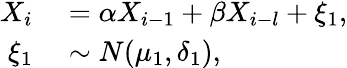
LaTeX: \begin{array}{rl}{X_{i}}&{{}=\alpha X_{i-1}+\beta X_{i-l}+\xi_{1},}\\ {\xi_{1}}&{{}\sim N(\mu_{1},\delta_{1}),}\end{array}